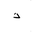
Letter: _thal